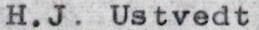
H.J. Ustvedt